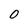
Character: 0